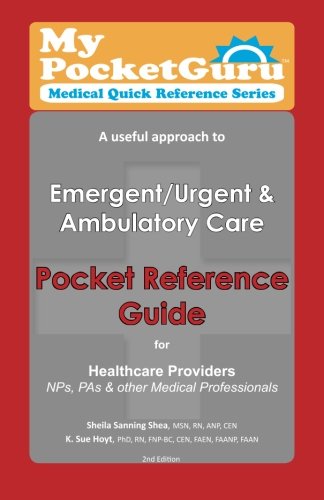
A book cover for Pocket Reference Guide for Healthcare Providers, NPs, PAs & Other Medical Professionals: A useful approach to Emergent/Urgent & Ambulatory Care (My Pocket Guru Medical Quick Reference Series); Sheila Sanning Shea; Reference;